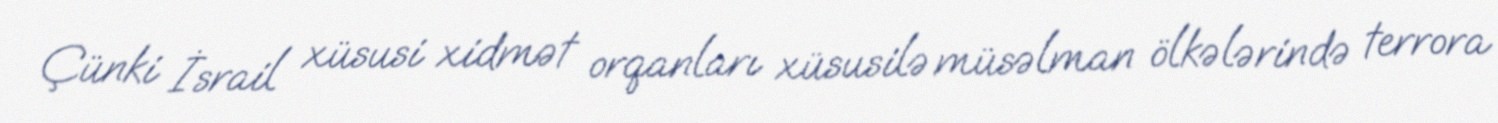
Çünki İsrail xüsusi xidmət orqanları xüsusilə müsəlman ölkələrində terrora